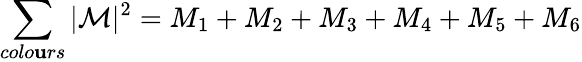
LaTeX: \sum_{colo\mathbf{u}rs}|\mathcal{{M}}|^{2}=M_{1}+M_{2}+M_{3}+M_{4}+M_{5}+M_{6}